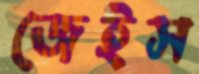
জেইস